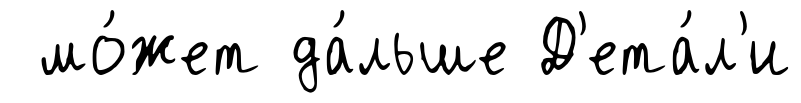
мо́жет да́льше Д'ета́л'и